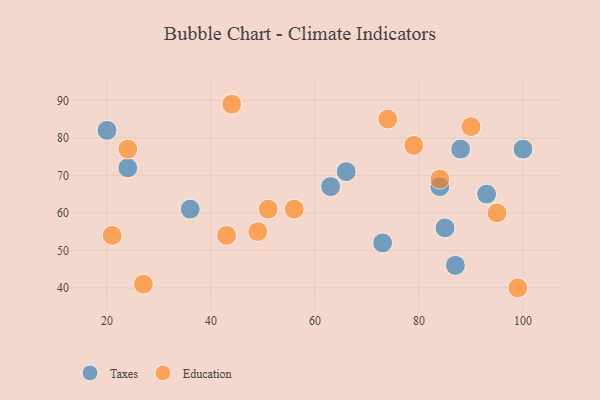
{"axis": {"x": "GDP", "y": "Life Expectancy"}, "legend": ["Education", "Taxes"], "data": [{"x": "20", "y": 82, "type": "Taxes"}, {"x": "66", "y": 71, "type": "Taxes"}, {"x": "73", "y": 52, "type": "Taxes"}, {"x": "84", "y": 67, "type": "Taxes"}, {"x": "63", "y": 67, "type": "Taxes"}, {"x": "100", "y": 77, "type": "Taxes"}, {"x": "87", "y": 46, "type": "Taxes"}, {"x": "93", "y": 65, "type": "Taxes"}, {"x": "88", "y": 77, "type": "Taxes"}, {"x": "24", "y": 72, "type": "Taxes"}, {"x": "85", "y": 56, "type": "Taxes"}, {"x": "36", "y": 61, "type": "Taxes"}, {"x": "49", "y": 55, "type": "Education"}, {"x": "24", "y": 77, "type": "Education"}, {"x": "95", "y": 60, "type": "Education"}, {"x": "21", "y": 54, "type": "Education"}, {"x": "74", "y": 85, "type": "Education"}, {"x": "56", "y": 61, "type": "Education"}, {"x": "90", "y": 83, "type": "Education"}, {"x": "43", "y": 54, "type": "Education"}, {"x": "79", "y": 78, "type": "Education"}, {"x": "51", "y": 61, "type": "Education"}, {"x": "99", "y": 40, "type": "Education"}, {"x": "84", "y": 69, "type": "Education"}, {"x": "44", "y": 89, "type": "Education"}, {"x": "27", "y": 41, "type": "Education"}]}